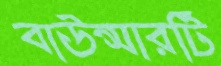
বাউন্সারটি